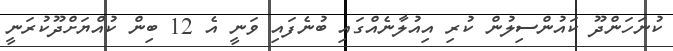
ކުނަހަންދޫ ކައުންސިލުން ކުރި އިއުލާނެއްގައި ބުނެފައި ވަނީ އެ 12 ބިން ކުއްޔަށްދޫކުރަނީ